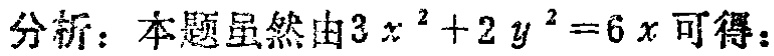
分析：本题虽然由\(3x^{2}+2y^{2}=6x\)可得：